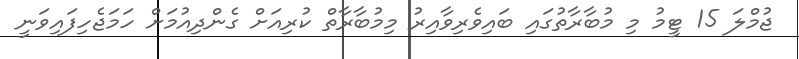
ޖުމްލަ 15 ޓީމު މި މުބާރާތުގައި ބައިވެރިވާއިރު މިމުބާރާތް ކުރިއަށް ގެންދިއުމަށް ހަމަޖެހިފައިވަނީ